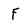
Character: F